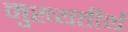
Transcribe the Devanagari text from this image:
मुख्यतीर्थ